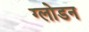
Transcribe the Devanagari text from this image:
ग्लोडन